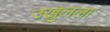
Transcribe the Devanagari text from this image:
उख्रुलला